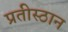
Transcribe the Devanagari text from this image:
प्रतीस्ठान